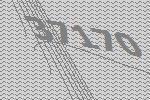
37170